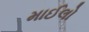
માઈલો